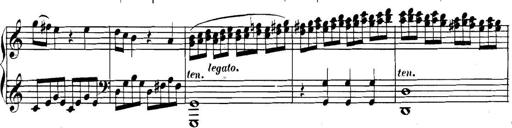
Title: Collected Piano Sonatas
Composer: Muzio Clementi